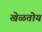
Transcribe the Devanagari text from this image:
खेळतोय